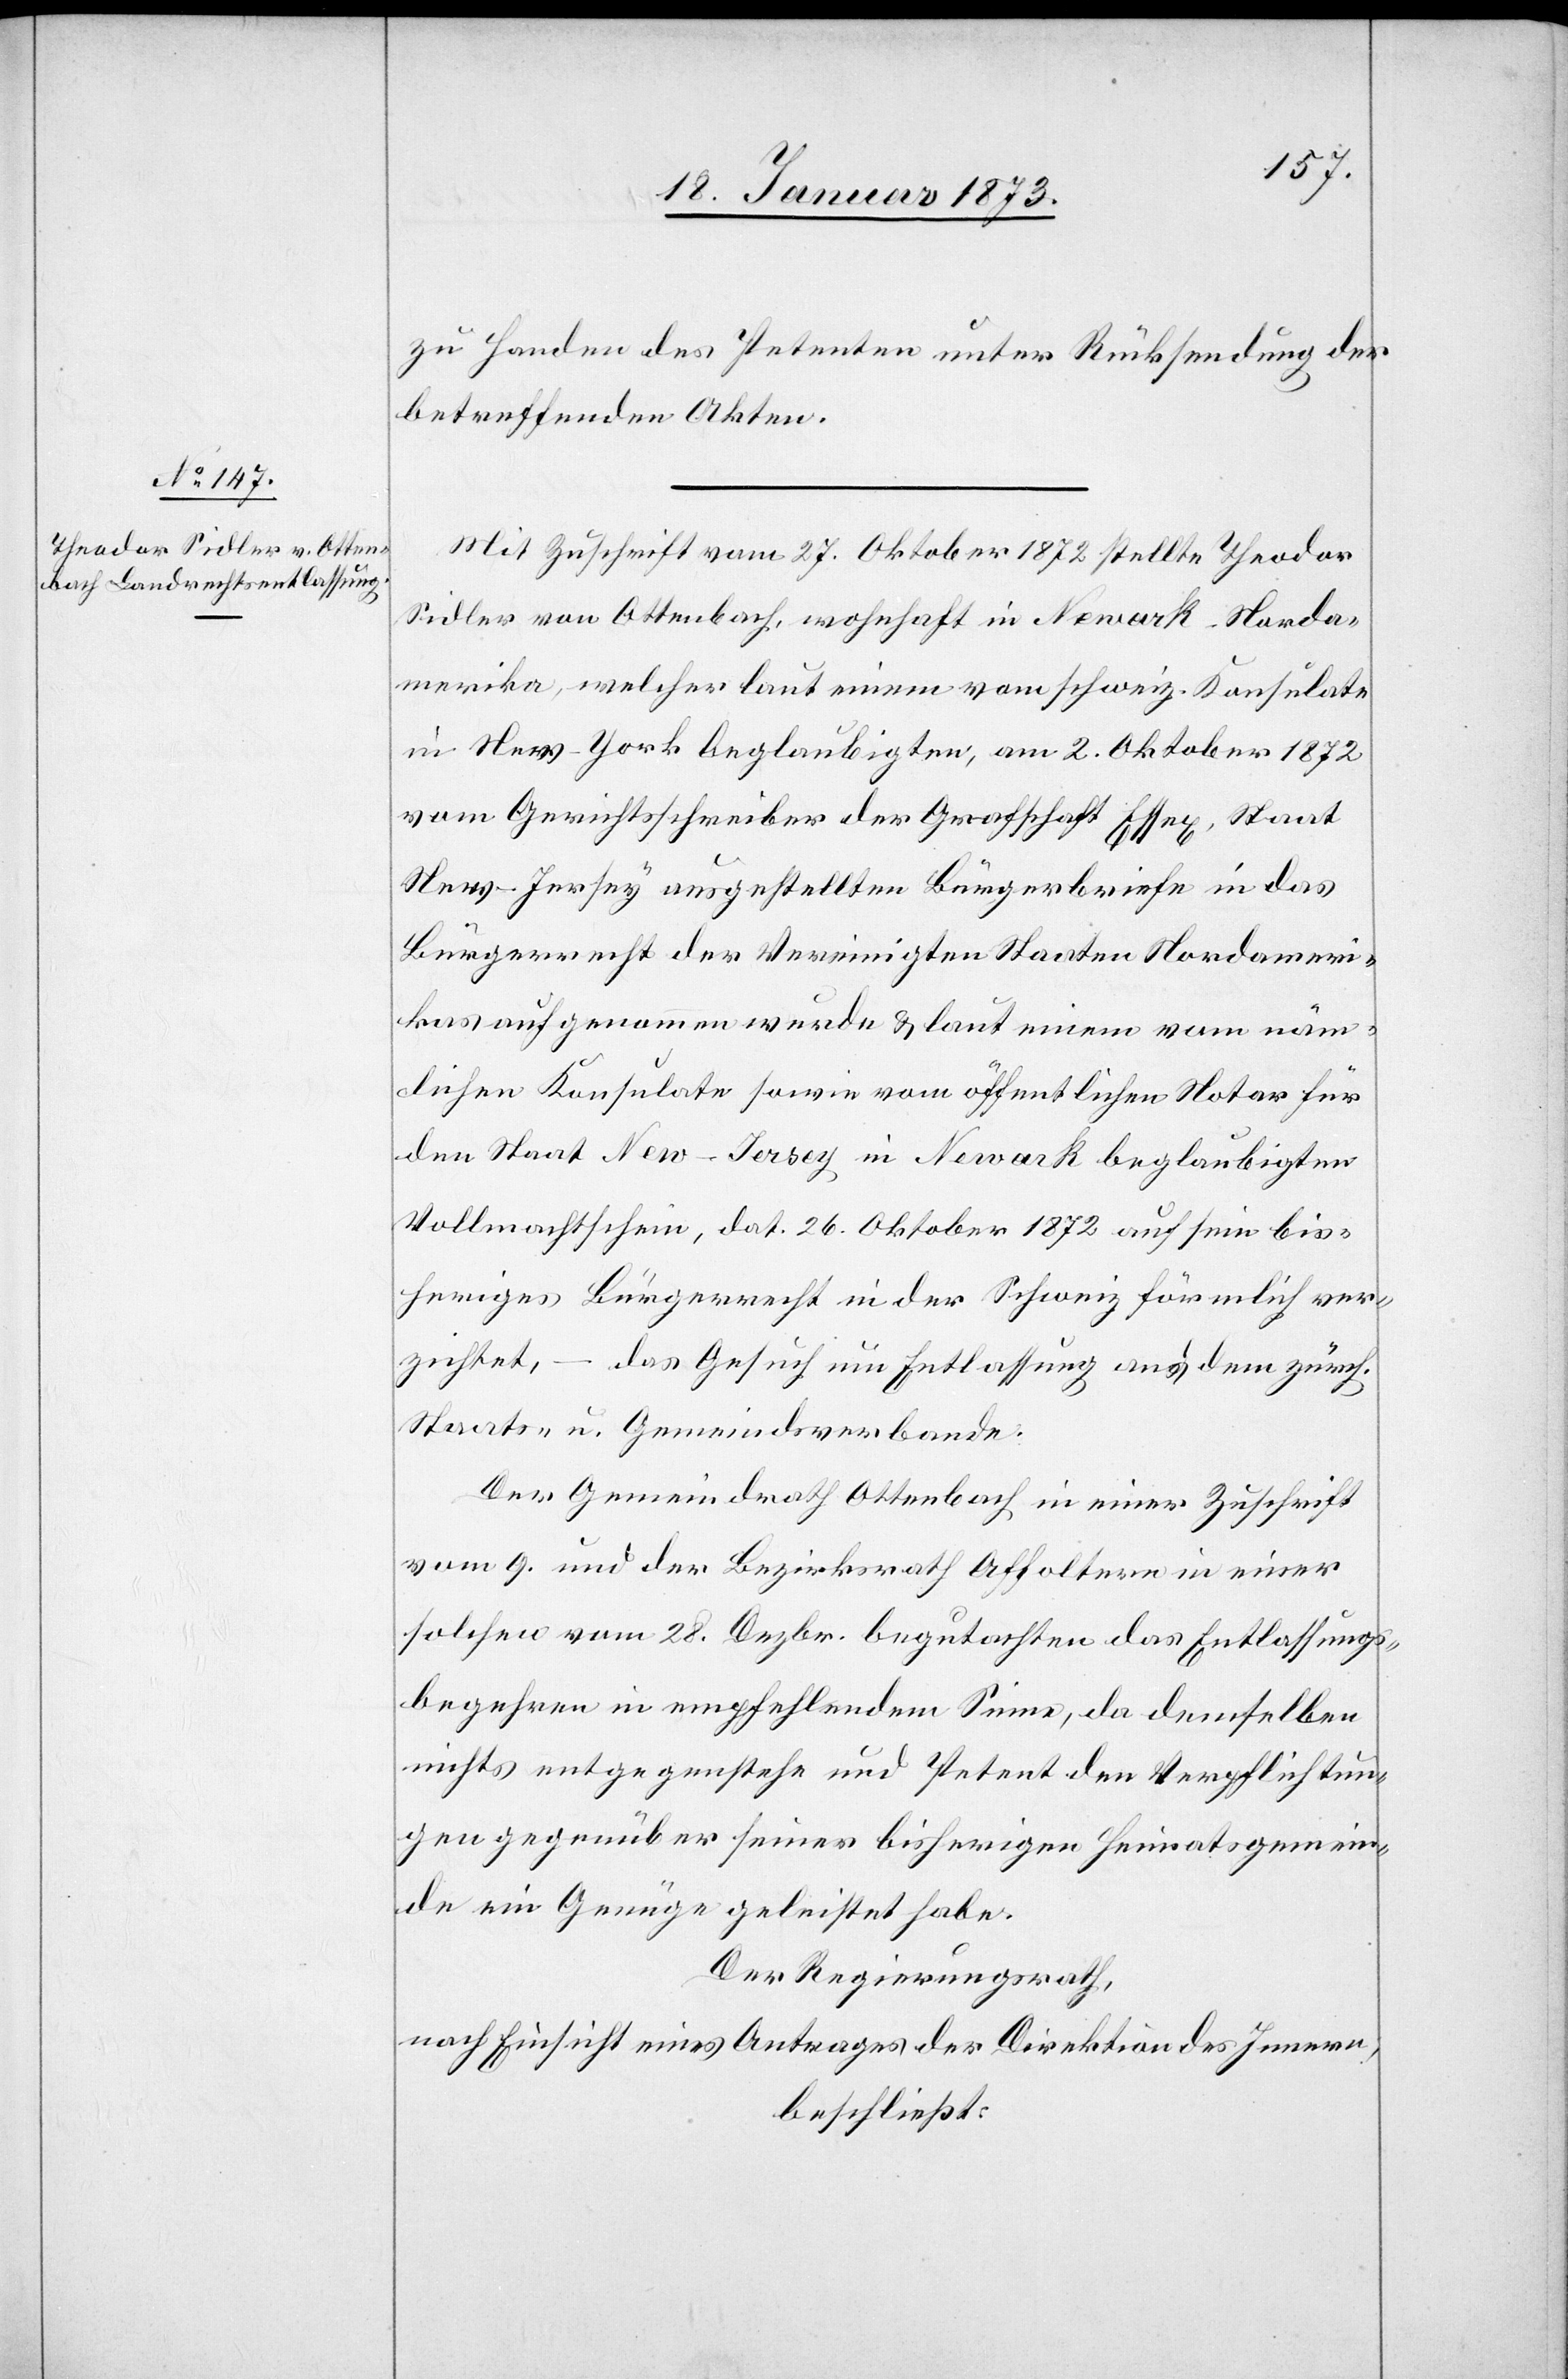
zu Handen des Petenten unter Rücksendung der
betreffenden Akten.
Mit Zuschrift vom 27. Oktober 1872 stellte Theodor
Sidler von Ottenbach, wohnhaft in Newark-Norda¬
merika, welcher laut einem vom schweiz. Konsulate
in New-York beglaubigten, am 2. Oktober 1872
vom Gerichtsschreiber der Grafschaft Essex, Staat
New-Jersey ausgestellten Bürgerbriefe in das
Bürgerrecht der Vereinigten Staaten Nordameri¬
kas aufgenommen wurde u. laut einem vom näm¬
lichen Konsulate sowie vom öffentlichen Notar für
den Staat New-Jersey in Newark beglaubigten
Vollmachtschein, dat. 26. Oktober 1872 auf sein bis¬
heriges Bürgerrecht in der Schweiz förmlich ver¬
zichtet, – das Gesuch um Entlassung aus dem zürch.
Staats- u. Gemeindsverbande.
Der Gemeindrath Ottenbach in einer Zuschrift
vom 9. und der Bezirksrath Affoltern in einer
solchen vom 28. Dezbr. begutachten das Entlassungs¬
begehren in empfehlendem Sinne, da demselben
nichts entgegenstehe und Petent den Verpflichtun¬
gen gegenüber seiner bisherigen Heimatsgemein¬
de ein Genüge geleistet habe.
Der Regierungsrath,
nach Einsicht eines Antrages der Direktion des Innern,
beschließt: